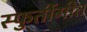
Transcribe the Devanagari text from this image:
स्फुर्तीगीत